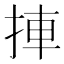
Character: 捙